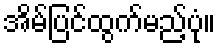
အိမ်ပြင်ထွက်မည့်ပုံ။